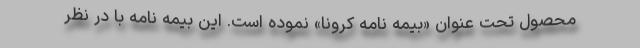
محصول تحت عنوان «بیمه نامه کرونا» نموده است. این بیمه نامه با در نظر